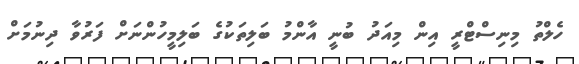
ހެލްތު މިނިސްޓްރީ އިން މިއަދު ބުނީ އާންމު ބަލިތަކުގެ ބަލިމީހުންނަށް ފަރުވާ ދިނުމަށް